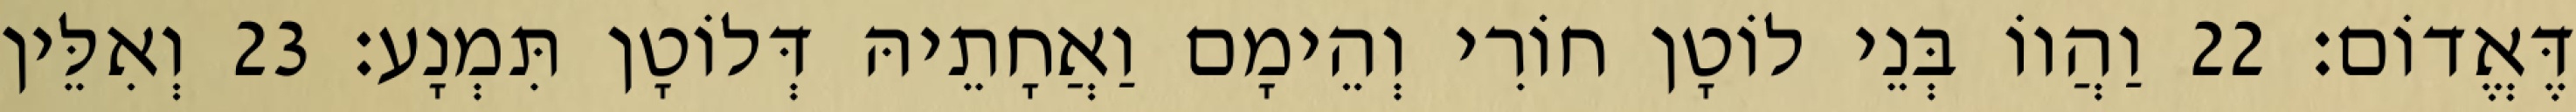
דֶּאֱדוֹם׃ 22 וַהֲווֹ בְּנֵי לוֹטָן חוֹרִי וְהֵימָם וַאֲחָתֵיהּ דְּלוֹטָן תִּמְנָע׃ 23 וְאִלֵּין